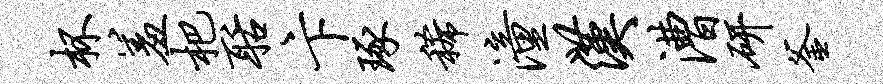
杯羞杷聒卞琢稀潼汉漕研釜